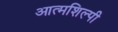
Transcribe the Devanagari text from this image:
आत्‍मशिल्‍पी